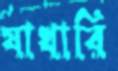
যাখারি